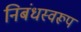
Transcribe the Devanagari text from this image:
निबंधस्वरूप